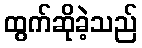
ထွက်ဆိုခဲ့သည်